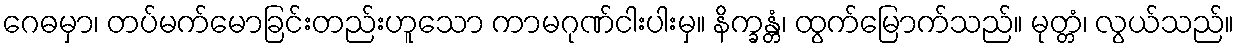
ဂေဓမှာ၊ တပ်မက်မောခြင်းတည်းဟူသော ကာမဂုဏ်ငါးပါးမှ။ နိက္ခန္တံ၊ ထွက်မြောက်သည်။ မုတ္တံ၊ လွယ်သည်။